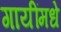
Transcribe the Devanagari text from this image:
गायींमधे